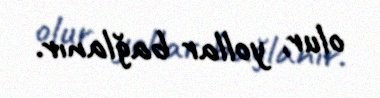
olur, yollar bağlanır.